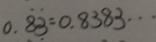
0 . \dot { 8 } \dot { 3 } = 0 . 8 3 8 3 \cdots